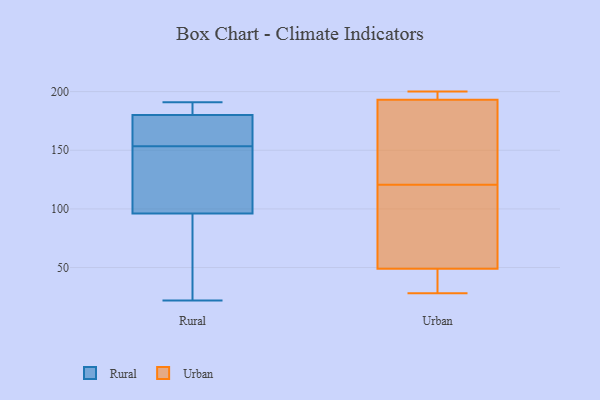
{"axis": {"x": "Population (Million)", "y": "Value"}, "legend": ["Rural", "Urban"], "data": [{"x": "", "y": 98, "type": "Rural"}, {"x": "", "y": 103, "type": "Rural"}, {"x": "", "y": 187, "type": "Rural"}, {"x": "", "y": 179, "type": "Rural"}, {"x": "", "y": 37, "type": "Rural"}, {"x": "", "y": 177, "type": "Rural"}, {"x": "", "y": 42, "type": "Rural"}, {"x": "", "y": 22, "type": "Rural"}, {"x": "", "y": 187, "type": "Rural"}, {"x": "", "y": 116, "type": "Rural"}, {"x": "", "y": 135, "type": "Rural"}, {"x": "", "y": 172, "type": "Rural"}, {"x": "", "y": 128, "type": "Rural"}, {"x": "", "y": 181, "type": "Rural"}, {"x": "", "y": 94, "type": "Rural"}, {"x": "", "y": 172, "type": "Rural"}, {"x": "", "y": 191, "type": "Rural"}, {"x": "", "y": 175, "type": "Rural"}, {"x": "", "y": 187, "type": "Rural"}, {"x": "", "y": 85, "type": "Rural"}, {"x": "", "y": 86, "type": "Urban"}, {"x": "", "y": 195, "type": "Urban"}, {"x": "", "y": 193, "type": "Urban"}, {"x": "", "y": 118, "type": "Urban"}, {"x": "", "y": 49, "type": "Urban"}, {"x": "", "y": 28, "type": "Urban"}, {"x": "", "y": 123, "type": "Urban"}, {"x": "", "y": 141, "type": "Urban"}, {"x": "", "y": 44, "type": "Urban"}, {"x": "", "y": 200, "type": "Urban"}]}